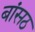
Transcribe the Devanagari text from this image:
बांसठ